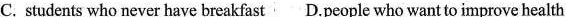
C. students who never have breakfast D.People who want to improve health